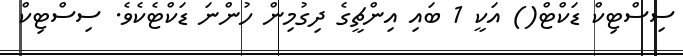
ސިސްޓިކް ޑަކްޓް() އަކީ 1 ބައި އިންޗީގެ ދިގުމިން ހުންނަ ޑަކްޓެކެވެ. ސިސްޓިކް